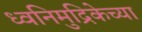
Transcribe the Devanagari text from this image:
ध्वनिमुद्रिकेच्या